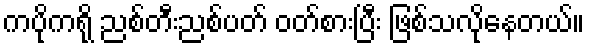
ကပိုကရို ညစ်တီးညစ်ပတ် ဝတ်စားပြီး ဖြစ်သလိုနေတယ်။